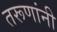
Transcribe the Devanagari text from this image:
तरूणांनी